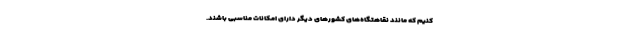
کنیم که مانند نقاهتگاه‌های کشورهای دیگر دارای امکانات مناسبی باشند.